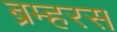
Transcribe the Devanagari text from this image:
ब्रम्हरस